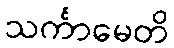
သင်္ကာမေတိ